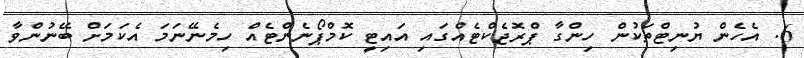
6. އެހެން ޔުނިޓްތަކުން ހިންގާ ޕްރޮޖެކްޓެއްގައި އައިޓީ ކޮމްޕޯނެންޓެއް ހިމެނޭނަމަ އެކަމަށް ބޭނުންވާ